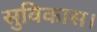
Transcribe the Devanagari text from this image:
सुविकास।